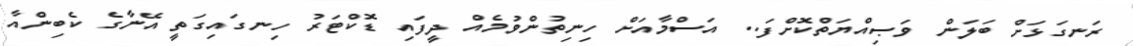
ރަނގަޅަށް ބަލަން ވަޞިއްޔަތްކޮށްފަ.. އަސްމާއަށް ހިނިތުންވުމެއް ދީފައި ޑޮކްޓަރު ހިނގައިގަތީ އޭނާގެ ކެބިންއާ